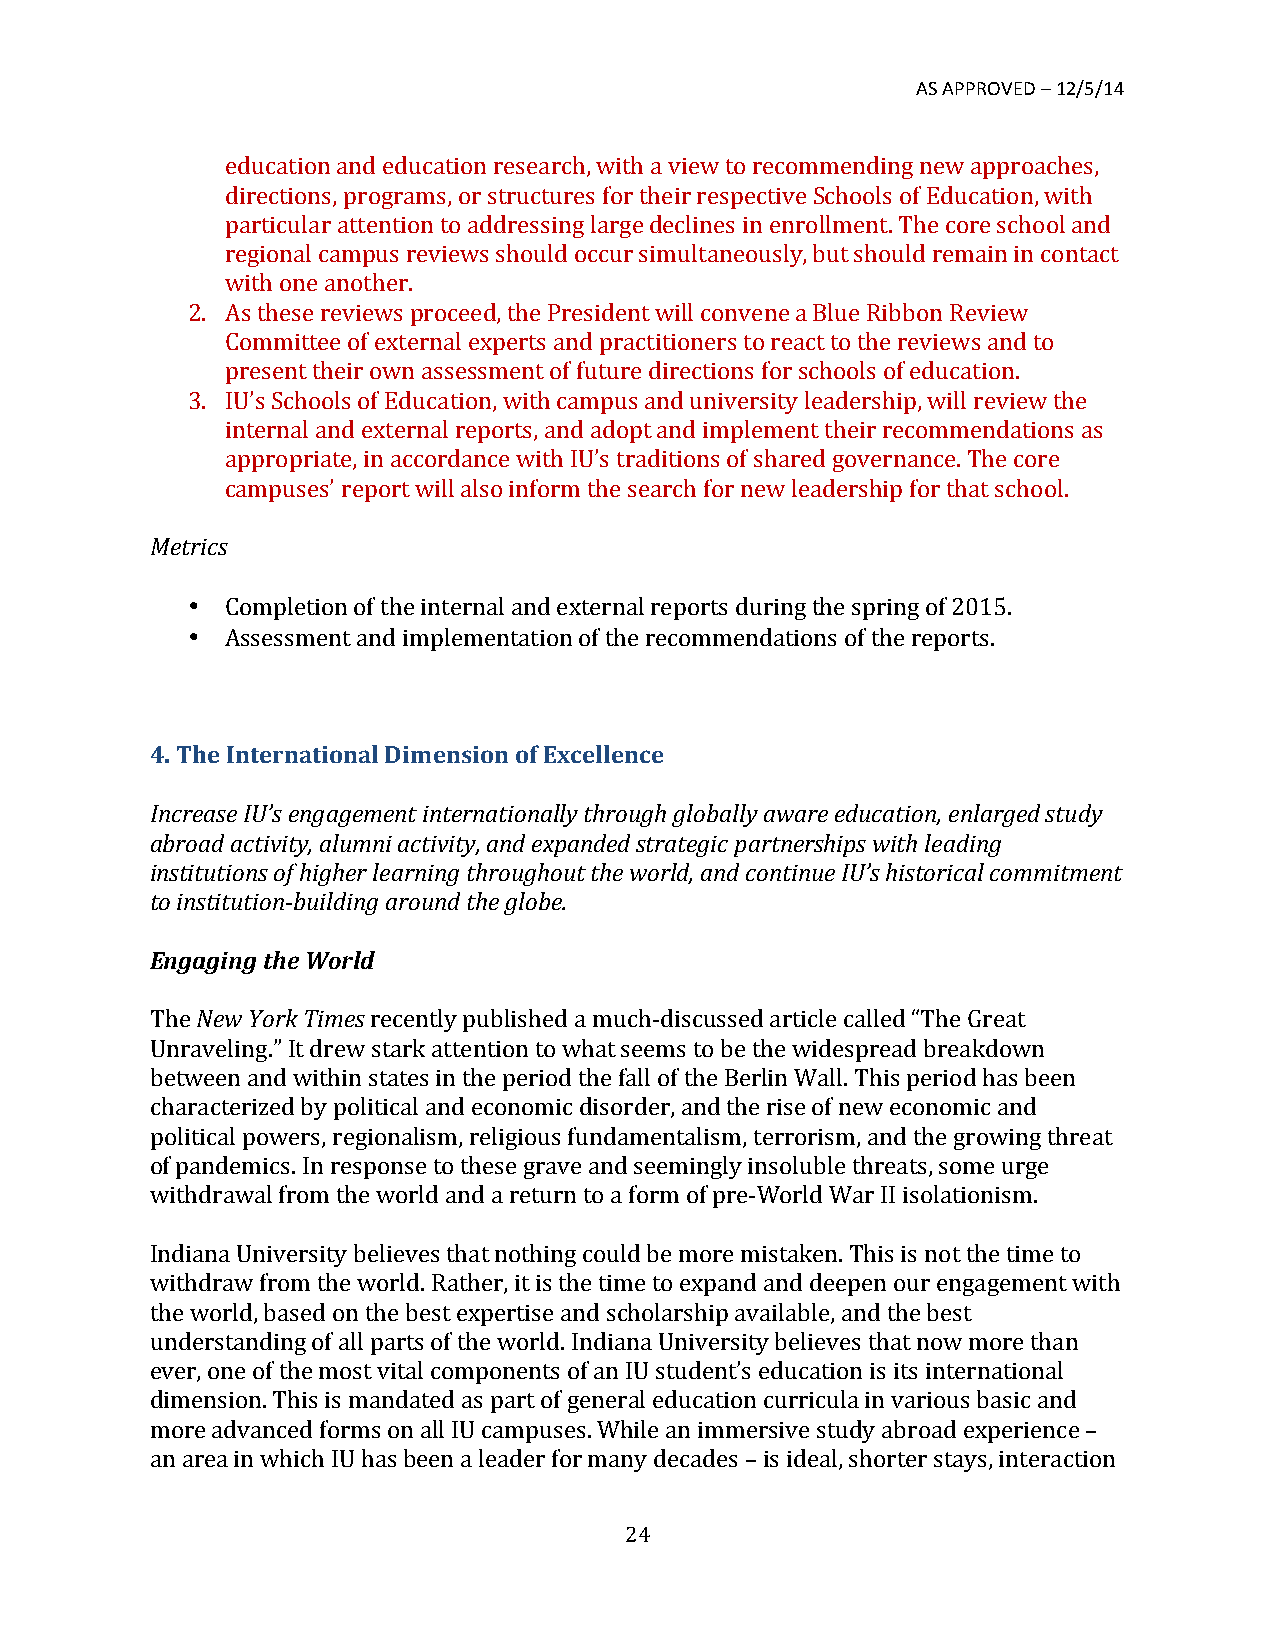
AS APPROVED – 12/5/14
 education and education research, with a view to recommending new approaches,
 directions, programs, or structures for their respective Schools of Education, with
 particular attention to addressing large declines in enrollment. The core school and
 regional campus reviews should occur simultaneously, but should remain in contact
 with one another.
 2. As these reviews proceed, the President will convene a Blue Ribbon Review
 Committee of external experts and practitioners to react to the reviews and to
 present their own assessment of future directions for schools of education.
 3. IU’s Schools of Education, with campus and university leadership, will review the
 internal and external reports, and adopt and implement their recommendations as
 appropriate, in accordance with IU’s traditions of shared governance. The core
 campuses’ report will also inform the search for new leadership for that school.
 Metrics
 •  Completion of the internal and external reports during the spring of 2015.
 •  Assessment and implementation of the recommendations of the reports.
 4. The International Dimension of Excellence
 Increase IU’s engagement internationally through globally aware education, enlarged study
 abroad activity, alumni activity, and expanded strategic partnerships with leading
 institutions of higher learning throughout the world, and continue IU’s historical commitment
 to institution-­‐building around the globe.
 Engaging the World
 The New York Times recently published a much-­‐discussed article called “The Great
 Unraveling.” It drew stark attention to what seems to be the widespread breakdown
 between and within states in the period the fall of the Berlin Wall. This period has been
 characterized by political and economic disorder, and the rise of new economic and
 political powers, regionalism, religious fundamentalism, terrorism, and the growing threat
 of pandemics. In response to these grave and seemingly insoluble threats, some urge
 withdrawal from the world and a return to a form of pre-­‐World War II isolationism.
 Indiana University believes that nothing could be more mistaken. This is not the time to
 withdraw from the world. Rather, it is the time to expand and deepen our engagement with
 the world, based on the best expertise and scholarship available, and the best
 understanding of all parts of the world. Indiana University believes that now more than
 ever, one of the most vital components of an IU student’s education is its international
 dimension. This is mandated as part of general education curricula in various basic and
 more advanced forms on all IU campuses. While an immersive study abroad experience –
 an area in which IU has been a leader for many decades – is ideal, shorter stays, interaction
 24